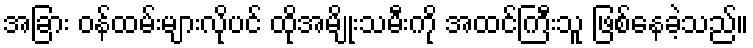
အခြား ဝန်ထမ်းများလိုပင် ထိုအမျိုးသမီးကို အထင်ကြီးသူ ဖြစ်နေခဲ့သည်။